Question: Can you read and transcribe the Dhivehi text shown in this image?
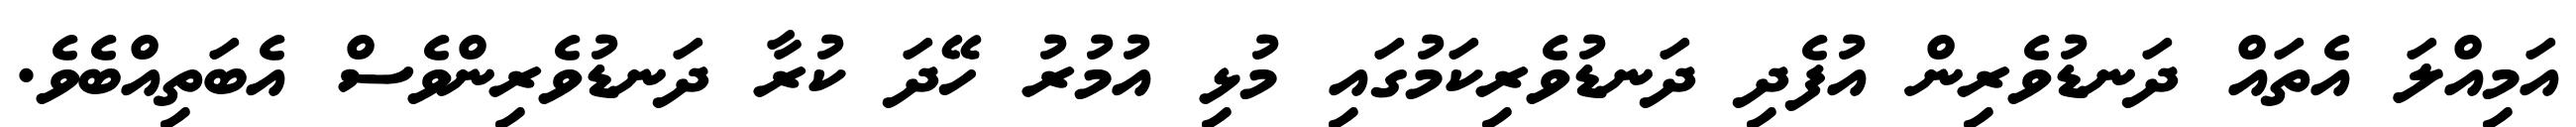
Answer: އަމިއްލަ އެތައް ދަނޑުވެރިން އުފެދި ދަނޑުވެރިކަމުގައި މުޅި އުމުރު ހޭދަ ކުރާ ދަނޑުވެރިންވެސް އެބަތިއްބެވެ.